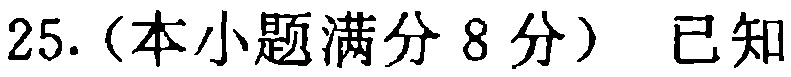
25.（本小题满分8分）已知